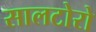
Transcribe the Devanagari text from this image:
सालटोरो